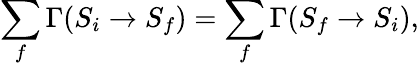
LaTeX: \sum_{f}\Gamma(S_{i}\to S_{f})=\sum_{f}\Gamma(S_{f}\to S_{i}),